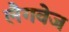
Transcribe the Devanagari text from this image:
लैगवेज